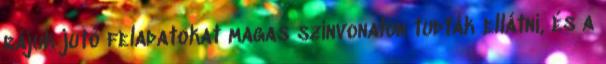
rájuk jutó feladatokat magas színvonalon tudták ellátni, és a